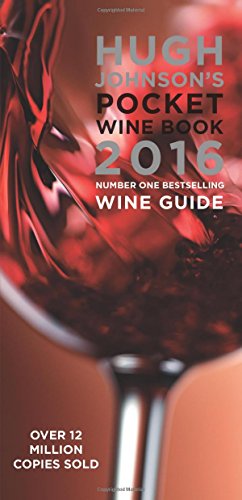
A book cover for Hugh Johnson's Pocket Wine Book 2016; Hugh Johnson; Cookbooks, Food & Wine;